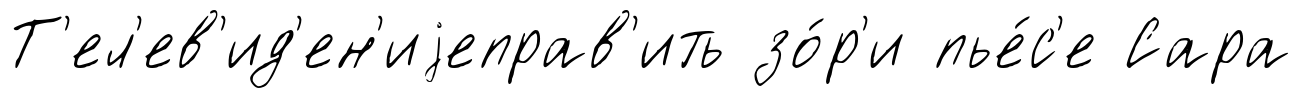
Т'ел'ев'ид'ен'иjеправ'ить зо́р'и пье́с'е Сара